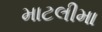
માટલીમા